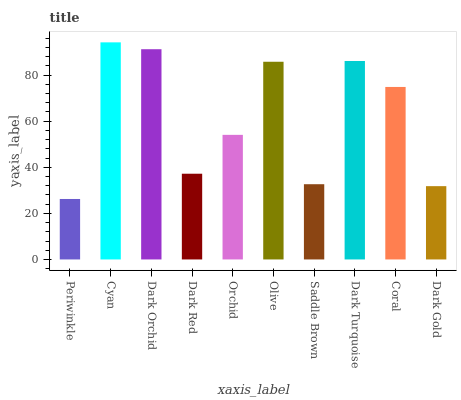
| xaxis_label | bars |
 | --- | --- |
 | Periwinkle | 26.2 |
 | Cyan | 94.2 |
 | Dark Orchid | 91.2 |
 | Dark Red | 37.2 |
 | Orchid | 54 |
 | Olive | 85.7 |
 | Saddle Brown | 32.6 |
 | Dark Turquoise | 86.1 |
 | Coral | 74.8 |
 | Dark Gold | 31.8 |